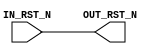
module SyncReset0 (
		   IN_RST_N,
		   OUT_RST_N
		   );
   input   IN_RST_N ;
   output  OUT_RST_N ;
   assign  OUT_RST_N = IN_RST_N ;
endmodule